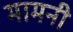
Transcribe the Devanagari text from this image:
मामनी